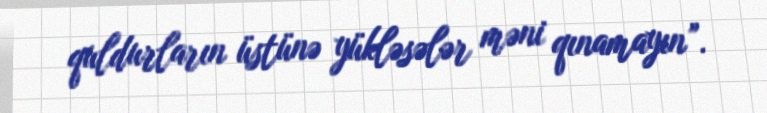
quldurların üstünə yükləsələr məni qınamayın”.